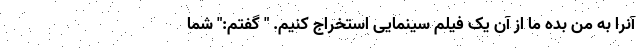
آنرا به من بده ما از آن یک فیلم سینمایی استخراج کنیم. " گفتم:" شما